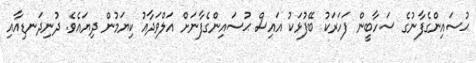
ޙުސައިންގެފާނުގެ ސަހާބީން ފަހަރަކު ބޭފުޅަކު އައިސް ޙުސައިންގެފާނަށް އަލްވަދާއު ކިޔަމުން ދިޔައެވެ. ދުނިދަނޑިއާއި